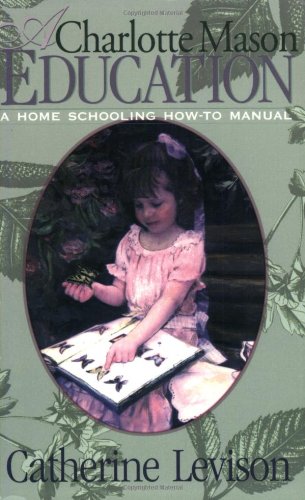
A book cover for A Charlotte Mason Education: A Home Schooling How-To Manual; Catherine Levison; Christian Books & Bibles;